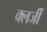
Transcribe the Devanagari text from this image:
क्लर्जी